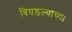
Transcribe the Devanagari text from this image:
बिघडल्याच्या